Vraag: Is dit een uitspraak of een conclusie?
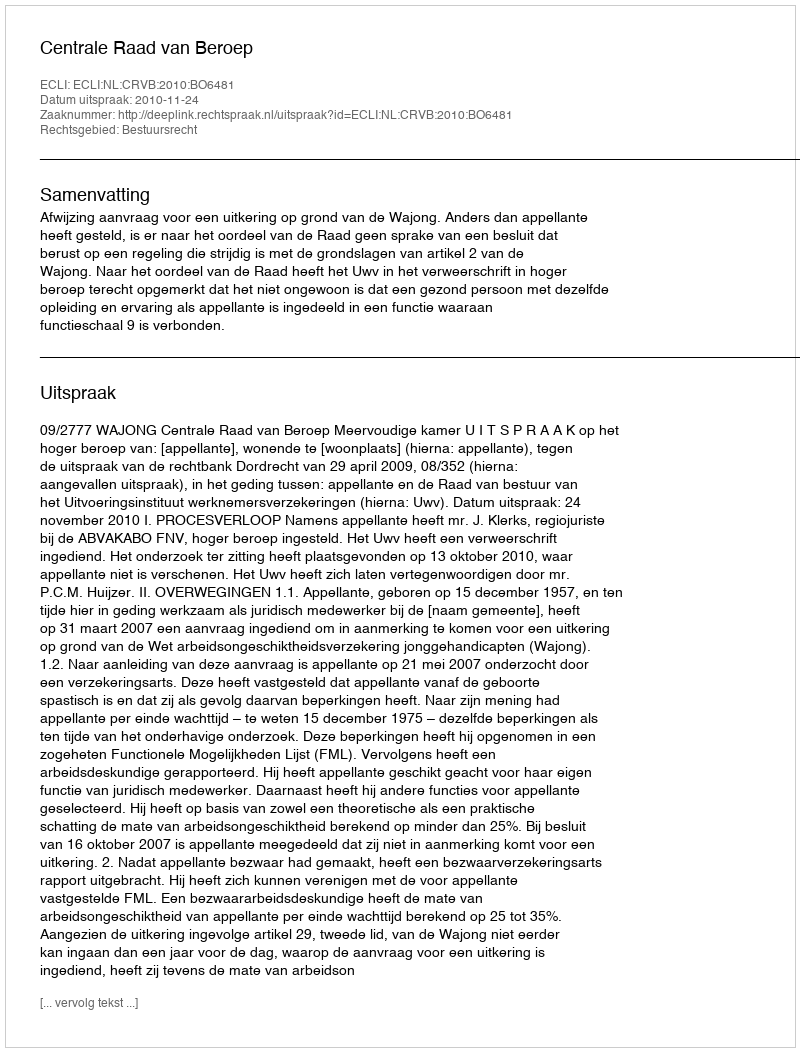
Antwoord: Uitspraak